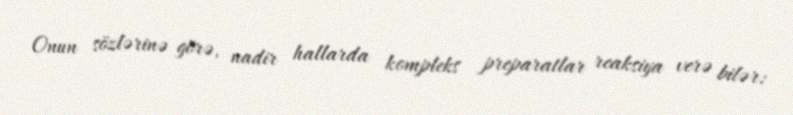
Onun sözlərinə görə, nadir hallarda kompleks preparatlar reaksiya verə bilər: